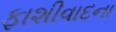
ફાશીવાદના